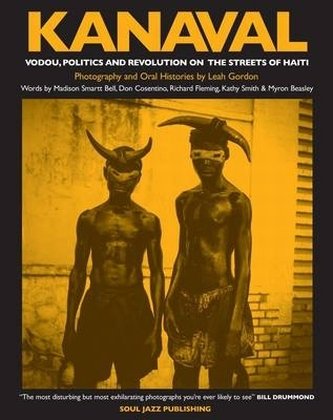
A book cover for Kanaval; Leah Gordon; Travel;